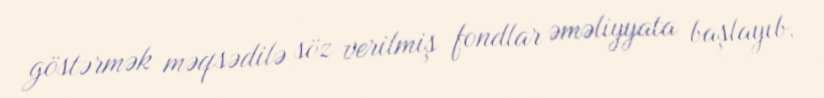
göstərmək məqsədilə söz verilmiş fondlar əməliyyata başlayıb.